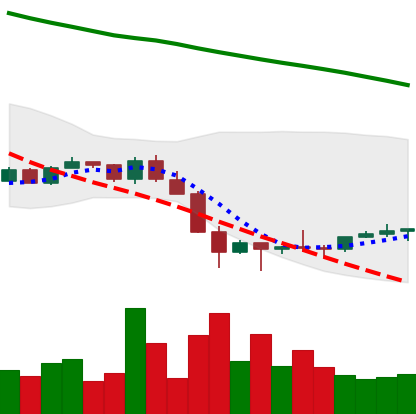
Ticker: NEO-USD
Chart end date: 2022-01-31
Forward return: 12.272%
Label: up_7plus